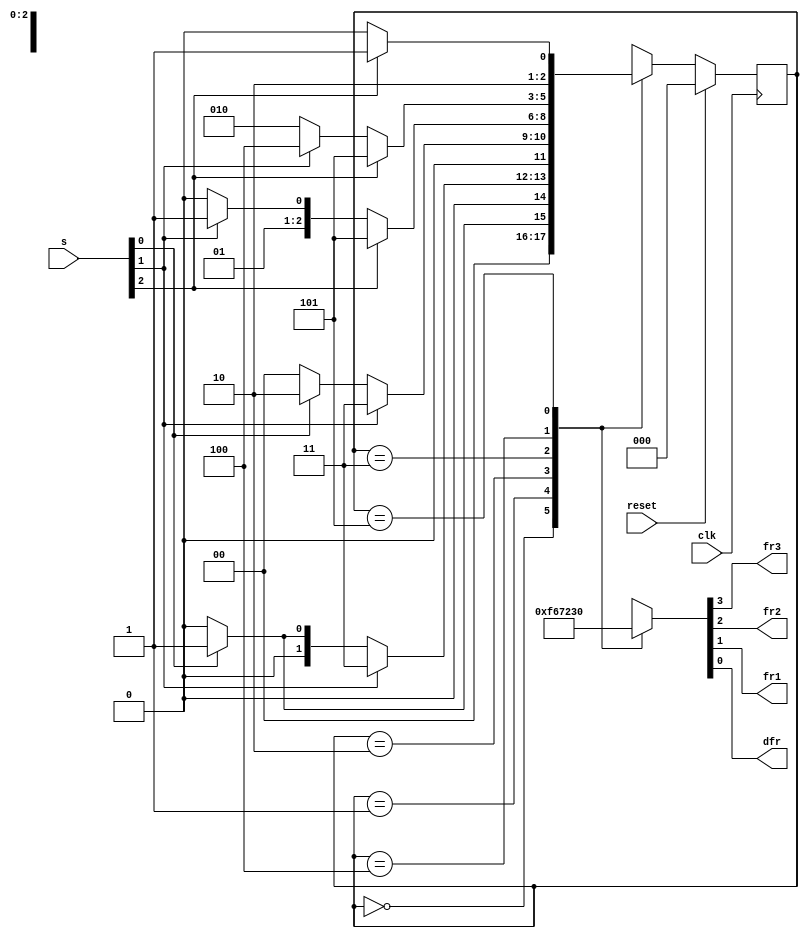
module top_module (
	input clk,
	input reset,
	input [3:1] s,
	output fr3,
	output fr2,
	output fr1,
	output dfr
);

	localparam A=3'd0, B1=3'd1, B2=3'd2, C1=3'd3, C2=3'd4, D=3'd5;
    reg [2:0] state, next_state;
	
	always @(posedge clk) begin
		if (reset) state <= A;
		else state <= next_state;
	end
    
	always@(*) begin
		case (state)
			A: next_state = s[1] ? B1 : A;
			B1: next_state = s[2] ? C1 : (s[1] ? B1 : A);
			B2: next_state = s[2] ? C1 : (s[1] ? B2 : A);
			C1: next_state = s[3] ? D : (s[2] ? C1 : B2);
			C2: next_state = s[3] ? D : (s[2] ? C2 : B2);
			D: next_state = s[3] ? D : C2;
			default: next_state = 'x;
		endcase
	end
    
	always@(*) begin
		case (state)
			A: {fr3, fr2, fr1, dfr} = 4'b1111;
			B1: {fr3, fr2, fr1, dfr} = 4'b0110;
			B2: {fr3, fr2, fr1, dfr} = 4'b0111;
			C1: {fr3, fr2, fr1, dfr} = 4'b0010;
			C2: {fr3, fr2, fr1, dfr} = 4'b0011;
			D: {fr3, fr2, fr1, dfr} = 4'b0000;
			default: {fr3, fr2, fr1, dfr} = 'x;
		endcase
	end
	
endmodule